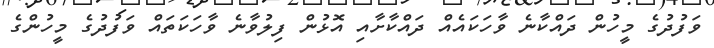
ވަފުދުގެ މީހުން ދައްކާނެ ވާހަކައެއް ދައްކާށާއި އޮޅުން ފިލުވާނެ ވާހަކަތައް ވަފުދުގެ މީހުންގެ